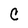
Character: C